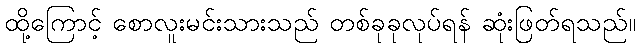
ထို့ကြောင့် စောလူးမင်းသားသည် တစ်ခုခုလုပ်ရန် ဆုံးဖြတ်ရသည်။